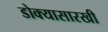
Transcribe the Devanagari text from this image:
डोक्यासारखी